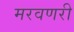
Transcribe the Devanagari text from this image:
मरवणरी